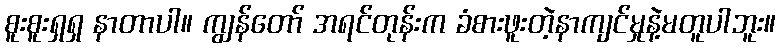
စူးစူးရှရှ နာတာပါ။ ကျွန်တော် အရင်တုန်းက ခံစားဖူးတဲ့နာကျင်မှုနဲ့မတူပါဘူး။